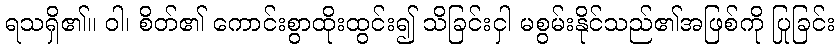
ရသရှိ၏။ ဝါ၊ စိတ်၏ ကောင်းစွာထိုးထွင်း၍ သိခြင်းငှါ မစွမ်းနိုင်သည်၏အဖြစ်ကို ပြုခြင်း